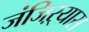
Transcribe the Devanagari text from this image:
जंजिऱ्यास